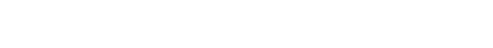
မဟုတ်ဘူး၊ ကျွန်တော် သိချင်တာက ခင်ဗျား အကြိုက်ဆုံးက ဘာအရောင်လဲ။